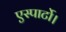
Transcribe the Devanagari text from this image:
एस्पार्टो।